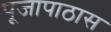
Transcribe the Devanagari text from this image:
पूजापाठास